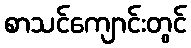
စာသင်ကျောင်းတွင်